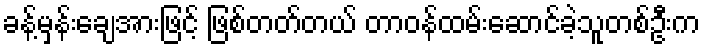
ခန့်မှန်းချေအားဖြင့် ဖြစ်တတ်တယ် တာဝန်ထမ်းဆောင်ခဲ့သူတစ်ဦးက